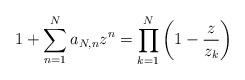
LaTeX: \begin{align*} 1+\sum_{n=1}^N a_{N,n}z^n =\prod_{k=1}^N\left(1-\frac{z}{z_k}\right)\end{align*}